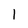
Character: 1